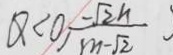
Q < 0 , \frac { - \sqrt { 2 } h } { m - \sqrt { 2 } }